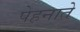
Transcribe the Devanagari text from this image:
पेहनाते